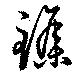
鏶